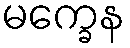
မက္ခေန